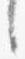
々